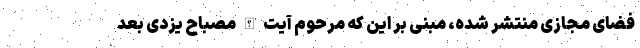
فضای مجازی منتشر شده، مبنی بر این که مرحوم آیت الله مصباح یزدی بعد